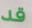
قد